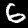
Digit: 6